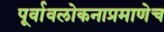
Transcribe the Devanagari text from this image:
पूर्वावलोकनाप्रमाणेच